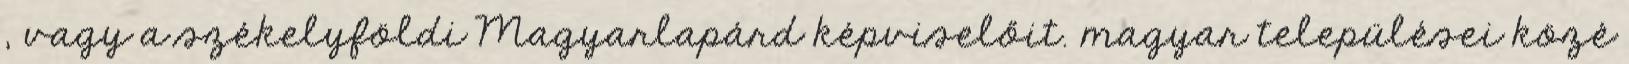
, vagy a székelyföldi Magyarlapárd képviselőit. magyar települései közé